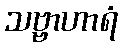
သဗ္ဗာဟာရံ